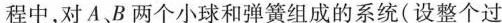
程中，对A B两个小球和弹簧组成的系统(设整个过